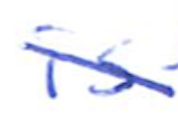
Text: is
Cross-out: diagonal
Writing tool: ballpoint